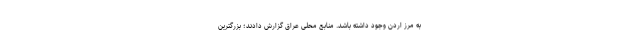
به مرز اردن وجود داشته باشد. منابع محلی عراق گزارش دادند؛ بزرگترین